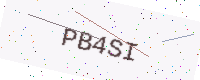
Text: PB4SI